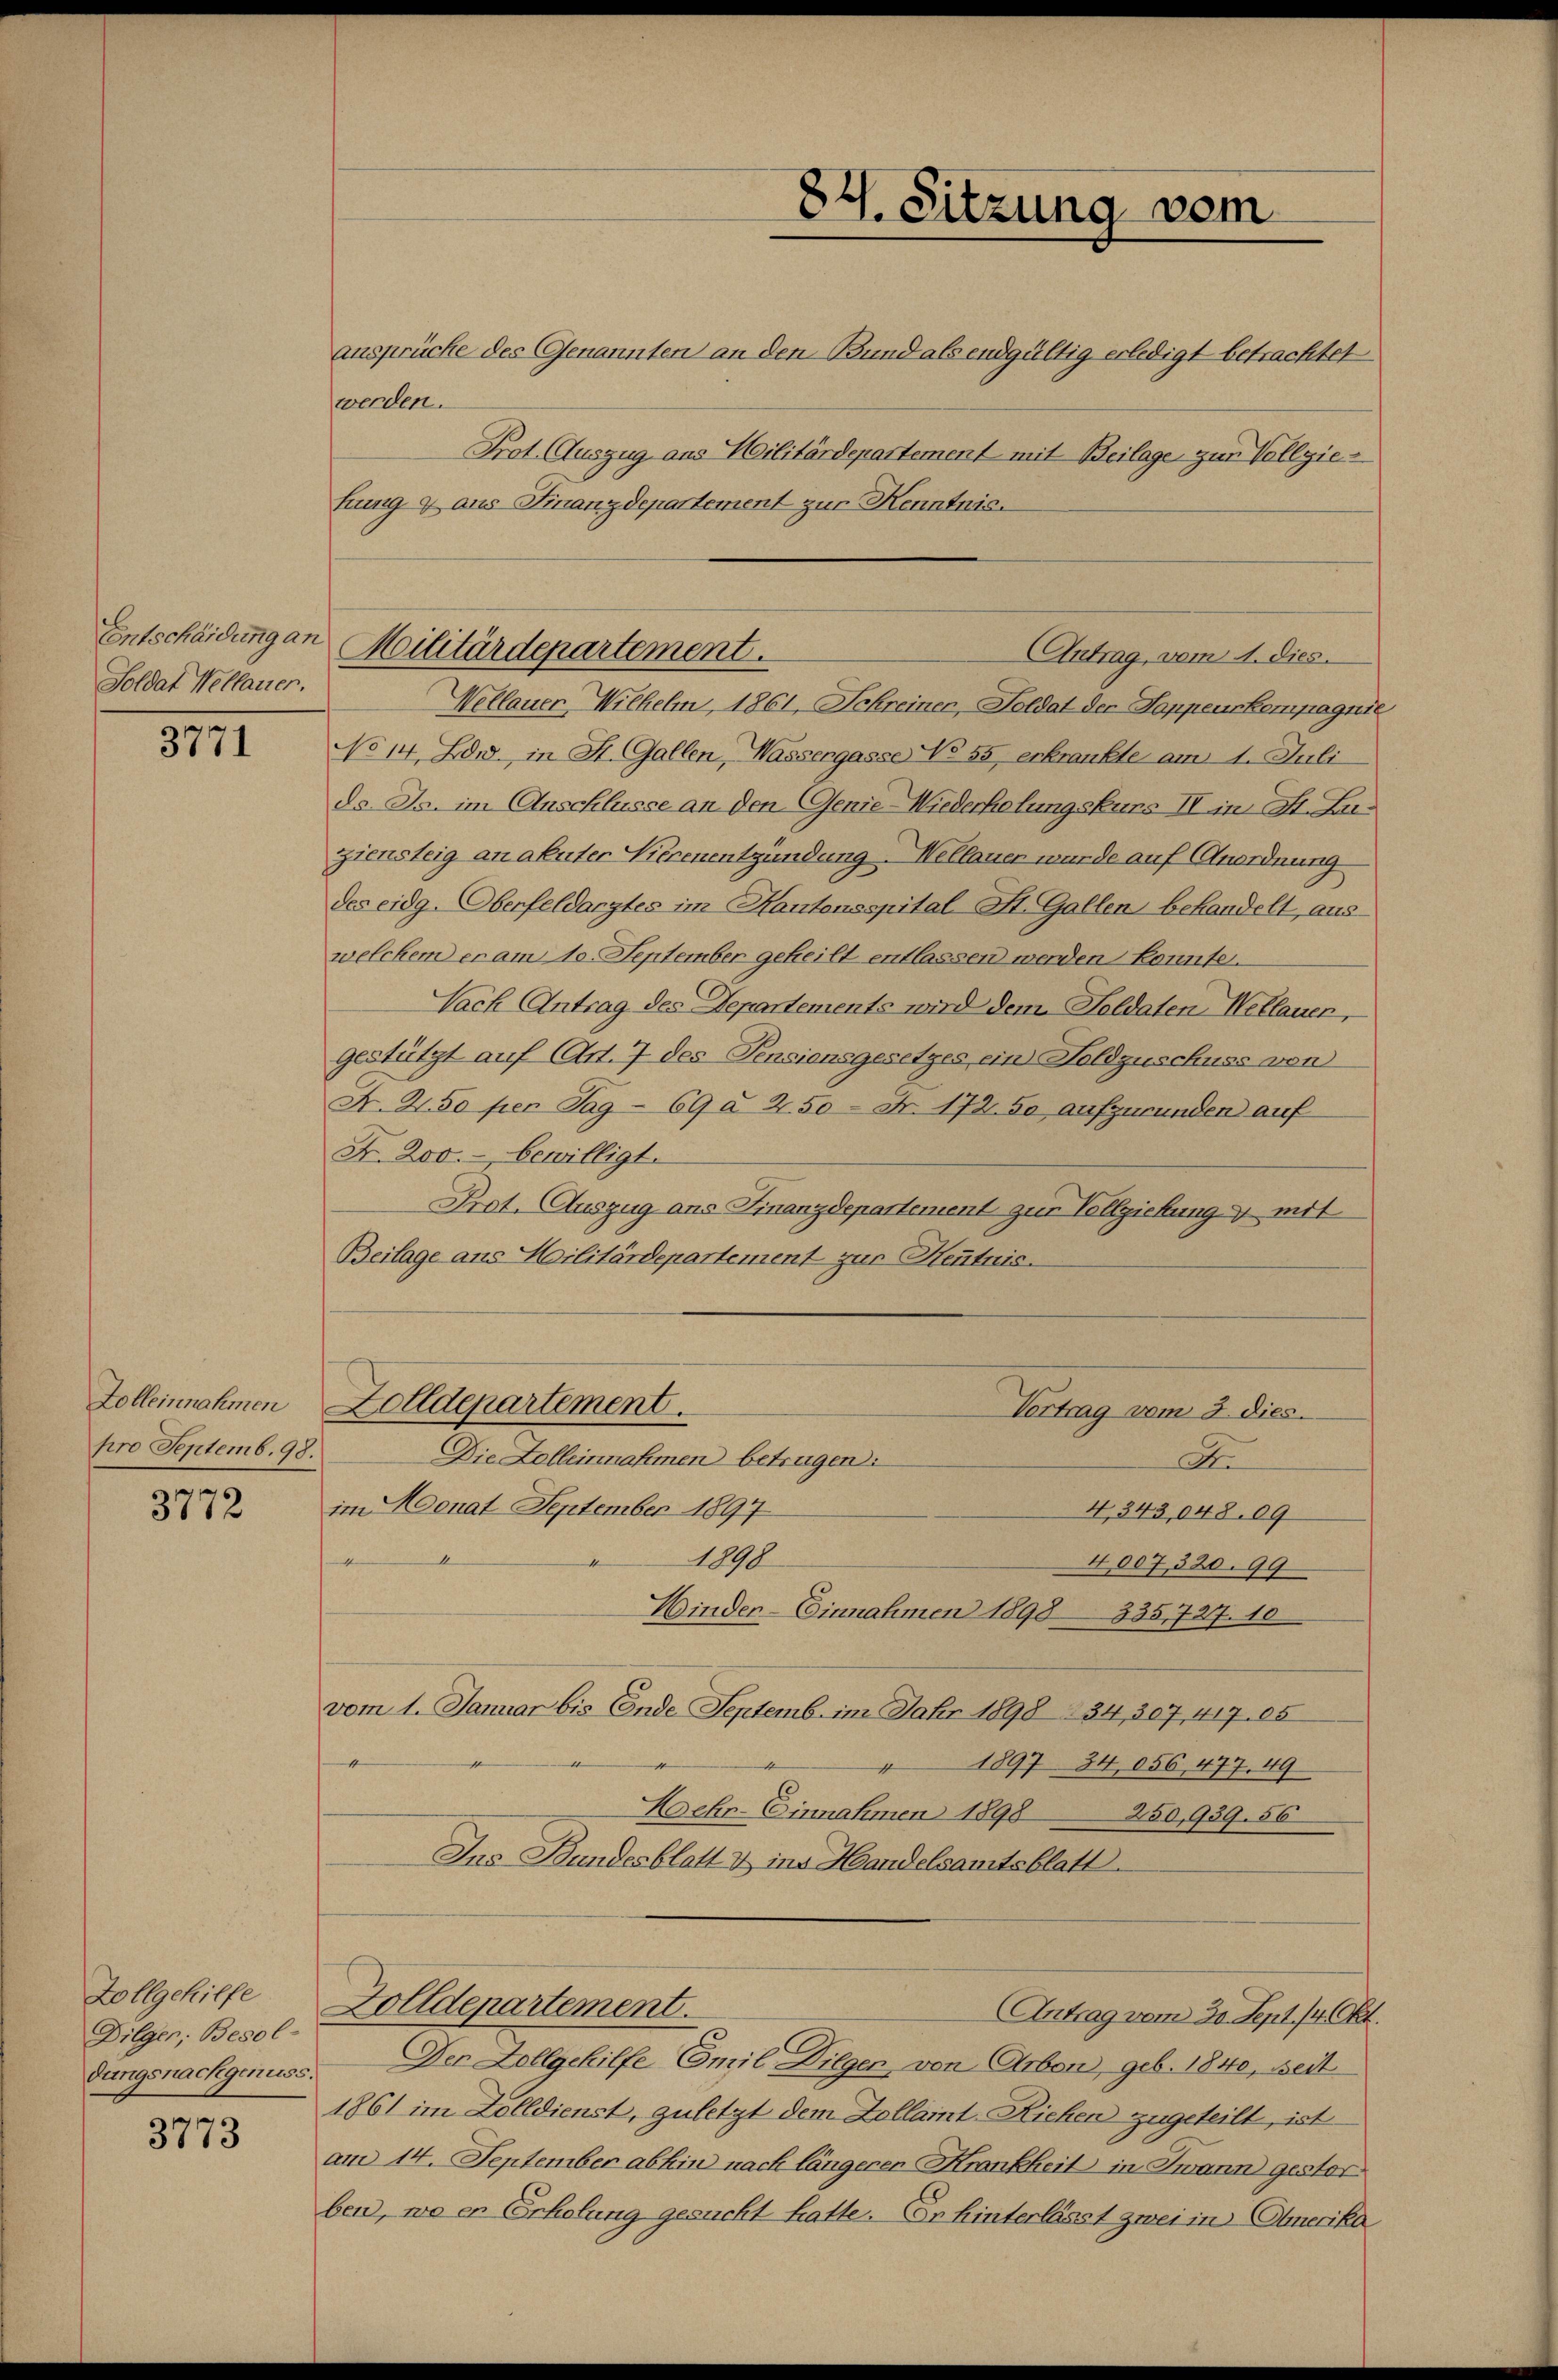
Entscheidung an
Soldat Wellauer.

3771

Zolleinnahmen
pro Septemb. 98.

3772

Zollgehilfe
Dilger, Besoldungsnachgenuss

3773

ansprüche des Genannten an den Bund als endgültig erledigt betrachtet
werden.
Prot. (Auszug aus Militärdepartement mit Beilage zur Vollziekung & aus Finanzdepartement zur Kenntnis.
Wellauer Wilhelm, 1861, Schreiner, Soldat der Sappeurkompagn
No 14 Zdr. in St. Gallen, Wassergasse No 55 erkrankte am 14. Juli
d. Js. im Anschlüsse an den Genie-Wiederhelungskurs II in St. Luzziensteig an akuter Vierenentzündung - Wellauer wurde auf Anordnung
des eidg. Oberfeldarztes im Kantonsspital- St. Gallen behandelt, aus
welchem er am 10. September geheilt entlassen werden konnte.
Nach Antrag des Departements wird dem Soldaten Wellauer,
gestützt auf (Art. 7 des Pensionsgesetzes ein Holdguschuss von
N. Z. so per Sag - 69 § 2.50 - Nr. 172. So aufzurunden auf
Fr. 200. bewilligt.
Prot. Auszug ans Finanzdepartement zur Vollziehung & mit
Beilage ans Militärdepartement zur Henntnis.
Zolldepartement.
Vortrag vom 3. dies
Die Zolleinnahmen betrügen:
A
im Adonat September 1894
4,343,048. 09
.
1890
4007, 320. 99
Binder-Einnahmen 1898 335,727. 10
vom 1. Januar bis Ende Septemb. im Jahr 1898 34, 307, 417. 65
4
1897 34,056, 477. 49
Hehr-Einnahmen 1898 250,939. 56
Ins Bundesblatt & ins Handelsamtsblatt
Zolldepartement.
Antrag vom 30. Sept. 14. Okt.
Der Zollgehilfe Emil Dilgen, von Arbon, geb. 1840, weit
1861 im Zolldienst, zuletzt dem Zollamt-Riehen zugeteilt, ist
am 14. September abhin nach längeren Krankheit in Zwann gestor
ben, wo er Erholung gesucht hatte. Er hinterlässt zwei in Camerika

Militärdepartement.
Antrag, vom 1. dies

84. Sitzung vom

f